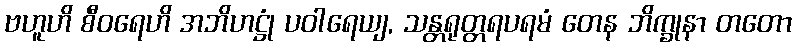
ဗဟူဟိ စီဝရေဟိ အဘိဟဋ္ဌုံ ပဝါရေယျ, သန္တရုတ္တရပရမံ တေန ဘိက္ခုနာ တတော